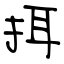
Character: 挕